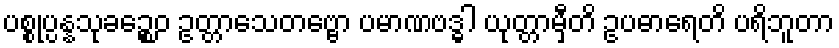
ပစ္စုပ္ပန္နသုခဉ္စေဝ ဥတ္တာသေတဗ္ဗော ပမာဏဗဒ္ဓါ ယုတ္တာမှီတိ ဥပဓာရေတိ ပရိဘူတာ